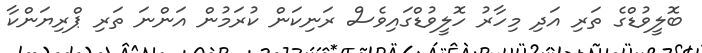
ބޮލީވުޑްގެ ތަރި އަދި މިހާރު ހޮލީވުޑްގައިވެސް ރަނިކަން ކުރަމުން އަންނަ ތަރި ޕްރިޔަންކާ